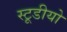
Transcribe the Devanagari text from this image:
स्टूडीयो